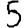
Digit: 5